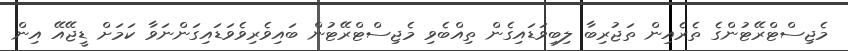
މެޖިސްޓްރޭޓުންގެ ތެރެއިން ތަޖުރިބާ ލިބިވަޑައިގެން ތިއްބެވި މެޖިސްޓްރޭޓުން ބައިވެރިވެވަޑައިގަންނަވާ ކަމަށް ޑީޖޭއޭ އިން